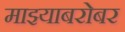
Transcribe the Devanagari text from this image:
माझ्याबरोबर